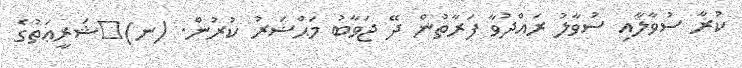
ކުރާ ސުވާލާއި ސުވާލު ރައްދުވާ ފަރާތުން ދޭ ޖަވާބު މަޙްޟަރު ކުރުން. (ނ)	ޝަރީޢަތުގެ